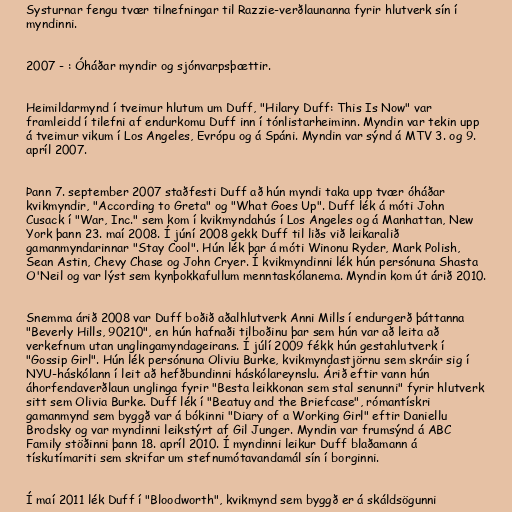
Systurnar fengu tvær tilnefningar til Razzie-verðlaunanna fyrir hlutverk sín í
myndinni.

2007 - : Óháðar myndir og sjónvarpsþættir.

Heimildarmynd í tveimur hlutum um Duff, "Hilary Duff: This Is Now" var
framleidd í tilefni af endurkomu Duff inn í tónlistarheiminn. Myndin var tekin upp
á tveimur vikum í Los Angeles, Evrópu og á Spáni. Myndin var sýnd á MTV 3. og 9.
apríl 2007.

Þann 7. september 2007 staðfesti Duff að hún myndi taka upp tvær óháðar
kvikmyndir, "According to Greta" og "What Goes Up". Duff lék á móti John
Cusack í "War, Inc." sem kom í kvikmyndahús í Los Angeles og á Manhattan, New
York þann 23. maí 2008. Í júní 2008 gekk Duff til liðs við leikaralið
gamanmyndarinnar "Stay Cool". Hún lék þar á móti Winonu Ryder, Mark Polish,
Sean Astin, Chevy Chase og John Cryer. Í kvikmyndinni lék hún persónuna Shasta
O'Neil og var lýst sem kynþokkafullum menntaskólanema. Myndin kom út árið 2010.

Snemma árið 2008 var Duff boðið aðalhlutverk Anni Mills í endurgerð þáttanna
"Beverly Hills, 90210", en hún hafnaði tilboðinu þar sem hún var að leita að
verkefnum utan unglingamyndageirans. Í júlí 2009 fékk hún gestahlutverk í
"Gossip Girl". Hún lék persónuna Oliviu Burke, kvikmyndastjörnu sem skráir sig í
NYU-háskólann í leit að hefðbundinni háskólareynslu. Árið eftir vann hún
áhorfendaverðlaun unglinga fyrir "Besta leikkonan sem stal senunni" fyrir hlutverk
sitt sem Olivia Burke. Duff lék í "Beatuy and the Briefcase", rómantískri
gamanmynd sem byggð var á bókinni "Diary of a Working Girl" eftir Daniellu
Brodsky og var myndinni leikstýrt af Gil Junger. Myndin var frumsýnd á ABC
Family stöðinni þann 18. apríl 2010. Í myndinni leikur Duff blaðamann á
tískutímariti sem skrifar um stefnumótavandamál sín í borginni.

Í maí 2011 lék Duff í "Bloodworth", kvikmynd sem byggð er á skáldsögunni